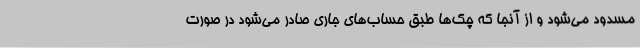
مسدود می‌شود و از آنجا که چک‌ها طبق حساب‌های جاری صادر می‌شود در صورت